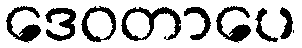
ဒေဝတာပေ